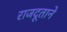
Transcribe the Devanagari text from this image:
राजदूताने